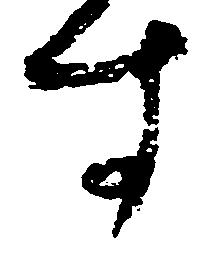
す